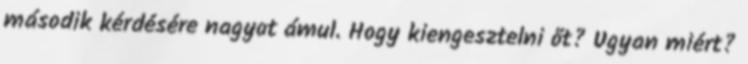
második kérdésére nagyot ámul. Hogy kiengesztelni őt? Ugyan miért?